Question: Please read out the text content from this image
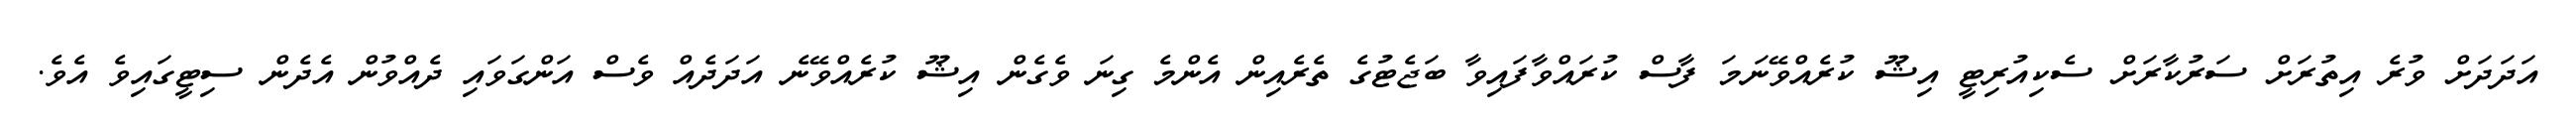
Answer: އަދަދަށް ވުރެ އިތުރަށް ސަރުކާރަށް ސެކިއުރިޓީ އިޝޫ ކުރެއްވޭނަމަ ފާސް ކުރައްވާފައިވާ ބަޖެޓުގެ ތެރެއިން އެންމެ ގިނަ ވެގެން އިޝޫ ކުރެއްވޭނެ އަދަދެއް ވެސް އަންގަވައި ދެއްވުން އެދެން ސިޓީގައިވެ އެވެ.